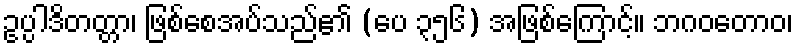
ဥပ္ပါဒိတတ္တာ၊ ဖြစ်စေအပ်သည်၏ (ပေ ၃၅၆) အဖြစ်ကြောင့်။ ဘဂဝတောဝ၊